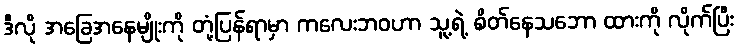
ဒီလို အခြေအနေမျိုးကို တုံ့ပြန်ရာမှာ ကလေးဘဝဟာ သူ့ရဲ့ စိတ်နေသဘော ထားကို လိုက်ပြီး